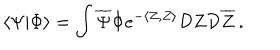
\langle \Psi | \Phi \rangle = \int { \overline { { \Psi } } } \Phi e ^ { - \langle Z , Z \rangle } { \cal D } Z { \cal D } { \overline { { Z } } } \, .